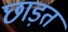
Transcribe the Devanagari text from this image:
छाड़त